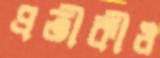
প্রতীকীও